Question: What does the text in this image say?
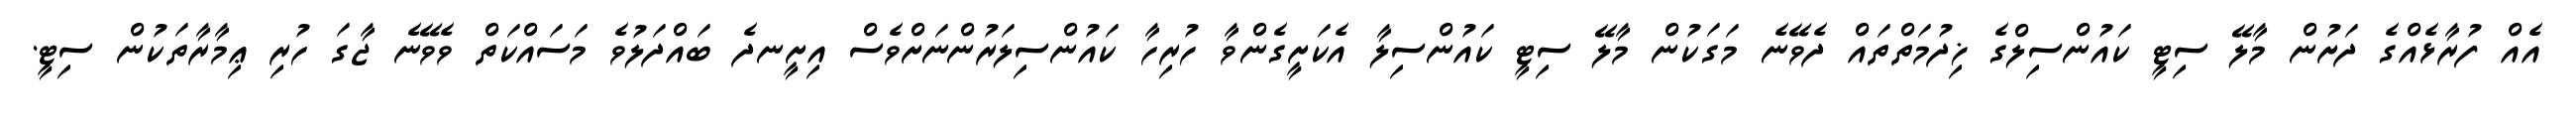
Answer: އެއް ފުރާޅެއްގެ ދަށުން މާލޭ ސިޓީ ކައުންސިލްގެ ޚިދުމަތްތައް ދެވޭނެ މަގަކުން މާލޭ ސިޓީ ކައުންސިލާ އެކަށީގެންވާ ހުރިހާ ކައުންސިލަރުންނަށްވެސް އިށީނދެ ބައްދަލުވެ މަސައްކަތް ވެވޭނެ ޖާގަ ހުރި ޢިމާރާތަކުން ސިޓީ.